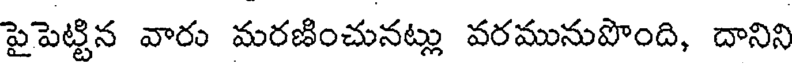
పైపెట్టిన వారు మరణించునట్లు వరమునుపొంది, దానిని